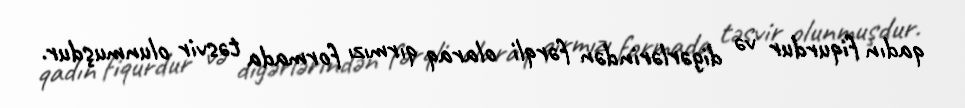
qadın fiqurdur və digərlərindən fərqli olaraq qırmızı formada təsvir olunmuşdur.